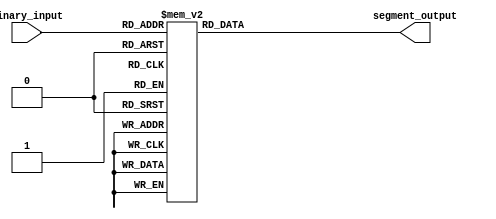
module seven_segment_display_decoder(
    input [3:0] binary_input,
    output reg [6:0] segment_output
);

    always @(*)
    begin
        case(binary_input)
            4'b0000: segment_output = 7'b1111110; // 0
            4'b0001: segment_output = 7'b0110000; // 1
            4'b0010: segment_output = 7'b1101101; // 2
            4'b0011: segment_output = 7'b1111001; // 3
            4'b0100: segment_output = 7'b0110011; // 4
            4'b0101: segment_output = 7'b1011011; // 5
            4'b0110: segment_output = 7'b1011111; // 6
            4'b0111: segment_output = 7'b1110000; // 7
            4'b1000: segment_output = 7'b1111111; // 8
            4'b1001: segment_output = 7'b1111011; // 9
            default: segment_output = 7'b0000000; // Invalid input
        endcase
    end

endmodule